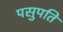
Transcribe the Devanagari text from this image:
पसुपति